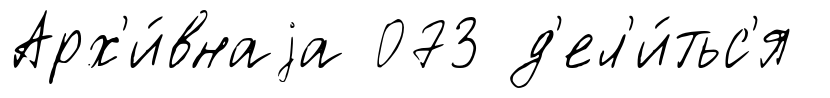
Арх'и́внаjа 073 д'ел'и́тьс'я